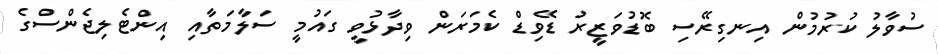
ސުވާލު ކުރުމުން އިނގިރޭސި ބޮޑުވަޒީރު ޑޭވިޑް ކެމަރަން ވިދާޅުވީ ގައުމީ ސަލާމަތާއި އިންޓެލިޖެންސްގެ